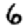
Digit: 6